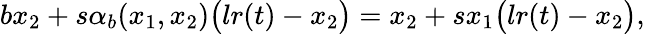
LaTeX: \begin{array}{r}{bx_{2}+s\alpha_{b}(x_{1},x_{2})\big(lr(t)-x_{2}\big)=x_{2}+sx_{1}\big(lr(t)-x_{2}\big),}\end{array}